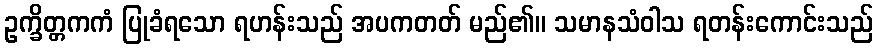
ဥက္ခိတ္တကကံ ပြုခံရသော ရဟန်းသည် အပကတတ် မည်၏။ သမာနသံဝါသ ရတန်းကောင်းသည်